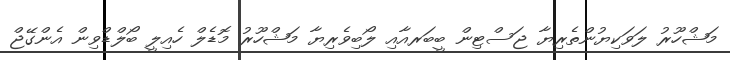
މަޝްހޫރު ލަވަކިޔުންތެރިޔާ ޖަސްޓިން ބީބަރއާއި ލޯބިވެރިޔާ މަޝްހޫރު މޮޑެލް ހެއިލީ ބޯލްޑްވިން އެންގޭޖް